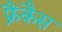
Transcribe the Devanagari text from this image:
फ्रैंकैस